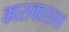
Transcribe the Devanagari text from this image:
काराकासला